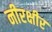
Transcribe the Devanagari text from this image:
नीरक्षीर